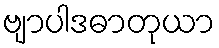
ဗျာပါဒဓာတုယာ